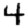
Digit: 4